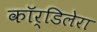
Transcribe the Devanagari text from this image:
कॉर्डिलेरा